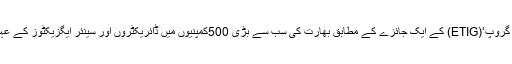
اتنا ہی نہیں بلکہ ’اکنامک ٹائمز انٹیلی جنس گروپ‘(ETIG) کے ایک جائزے کے مطابق بھارت کی سب سے بڑی 500کمپنیوں میں ڈائریکٹروں اور سینئر ایگزیکٹوز کے عہدوں پر محض2.6 فی صد مسلمان فائز ہیں۔